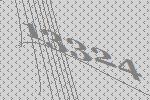
13324